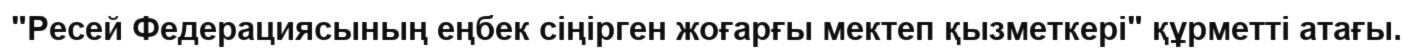
"Ресей Федерациясының еңбек сіңірген жоғарғы мектеп қызметкері" құрметті атағы.